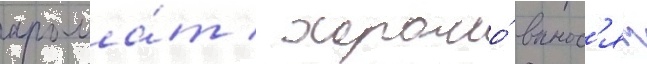
арома́т / хорошо́ вынос'ят